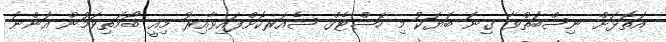
އަތޮޅަށް ނިސްބަތްވާ ގިނަ ބަޔަކު މި ހޭޝްޓެގް ޝެއަރކޮށްފައިވާއިރު މިއީ ބޯމަތިވަމުން އަންނަ